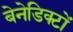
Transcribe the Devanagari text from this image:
बेनेडिक्टों